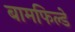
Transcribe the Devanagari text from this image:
बामफिल्डे